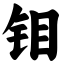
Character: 钼